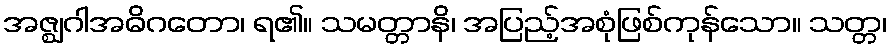
အဇ္ဈဂါအဓိဂတော၊ ရ၏။ သမတ္တာနိ၊ အပြည့်အစုံဖြစ်ကုန်သော။ သတ္တ၊